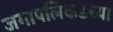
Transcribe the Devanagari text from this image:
जगापलिकडच्या